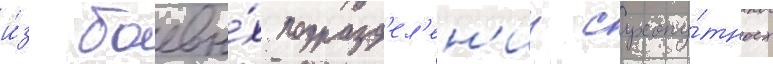
и́з боевы́х подразд'ел'ен'ии сухопу́тных